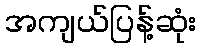
အကျယ်ပြန့်ဆုံး